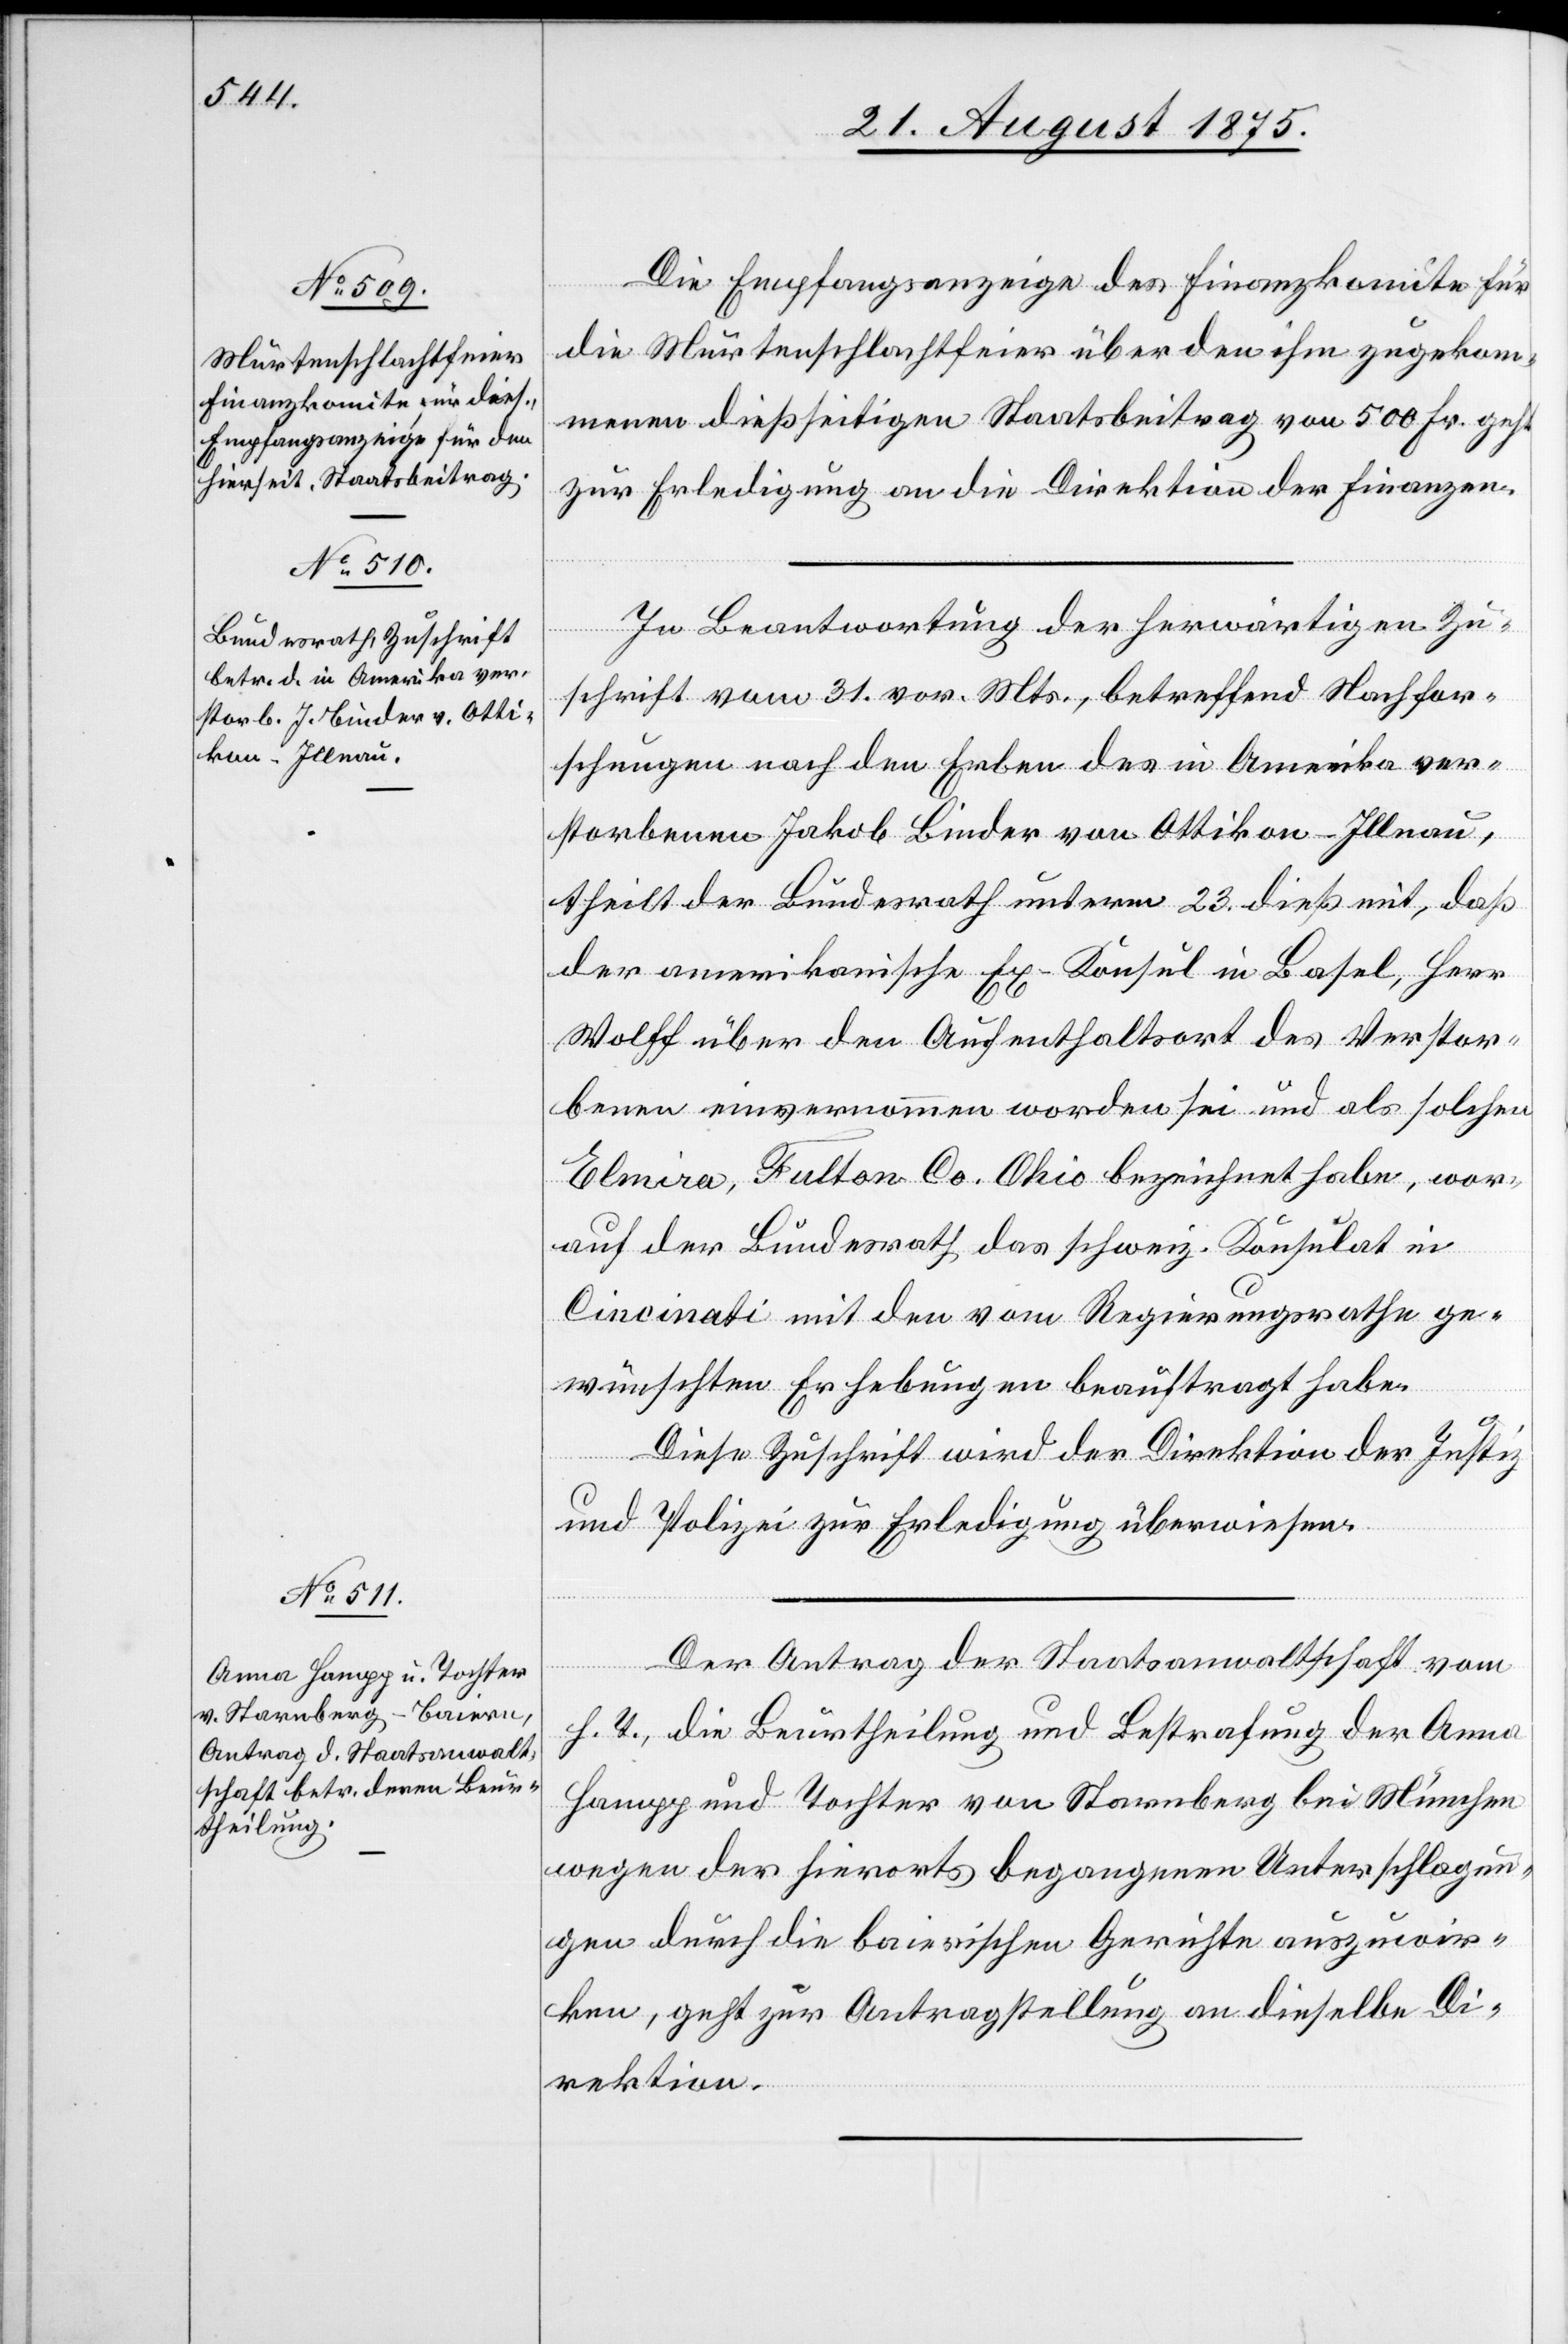
25. August 1875.]
Die Empfangsanzeige des Finanzkomite für
die Murtenschlachtfeier über den ihm zugekom¬
menen dießseitigen Staatsbeitrag von 500 Fr. geht
zur Erledigung an die Direktion der Finanzen.
In Beantwortung der herwärtigen Zu¬
schrift vom 31. vor. Mts., betreffend Nachfor¬
schungen nach den Erben des in Amerika ver¬
storbenen Jakob Binder von Ottikon - Illnau,
theilt der Bundesrath unterm 23. dieß mit, daß
der amerikanische Ex-Konsul in Basel, Herr
Wolff über den Aufenthaltsort des Verstor¬
benen einvernommen worden sei und als solchen
Elmira, Fulton Co. Ohio bezeichnet habe, wor¬
auf der Bundesrath das schweiz. Konsulat in
Cincinati mit den vom Regierungsrathe ge¬
wünschten Erhebungen beauftragt habe.
Diese Zuschrift wird der Direktion der Justiz
und Polizei zur Erledigung überwiesen.
Der Antrag der Staatsanwaltschaft vom
h. T., die Beurtheilung und Bestrafung der Anna
Hampp und Tochter von Starnberg bei München
wegen der hierorts begangenen Unterschlagun¬
gen durch die bairischen Gerichte auszuwir¬
ken, geht zur Antragstellung an dieselbe Di¬
rektion.